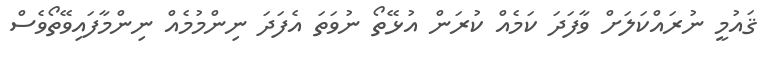
ޤައުމީ ނުރައްކަލަށް ވާފަދަ ކަމެއް ކުރަން އުޅޭތޯ ނުވަތަ އެފަދަ ނިންމުމެއް ނިންމާފައިވޭތޯވެސް